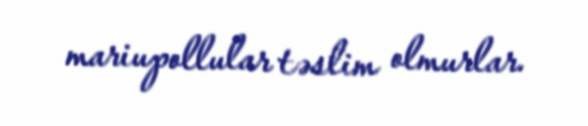
mariupollular təslim olmurlar.